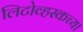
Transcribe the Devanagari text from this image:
लिटोव्हस्कच्या